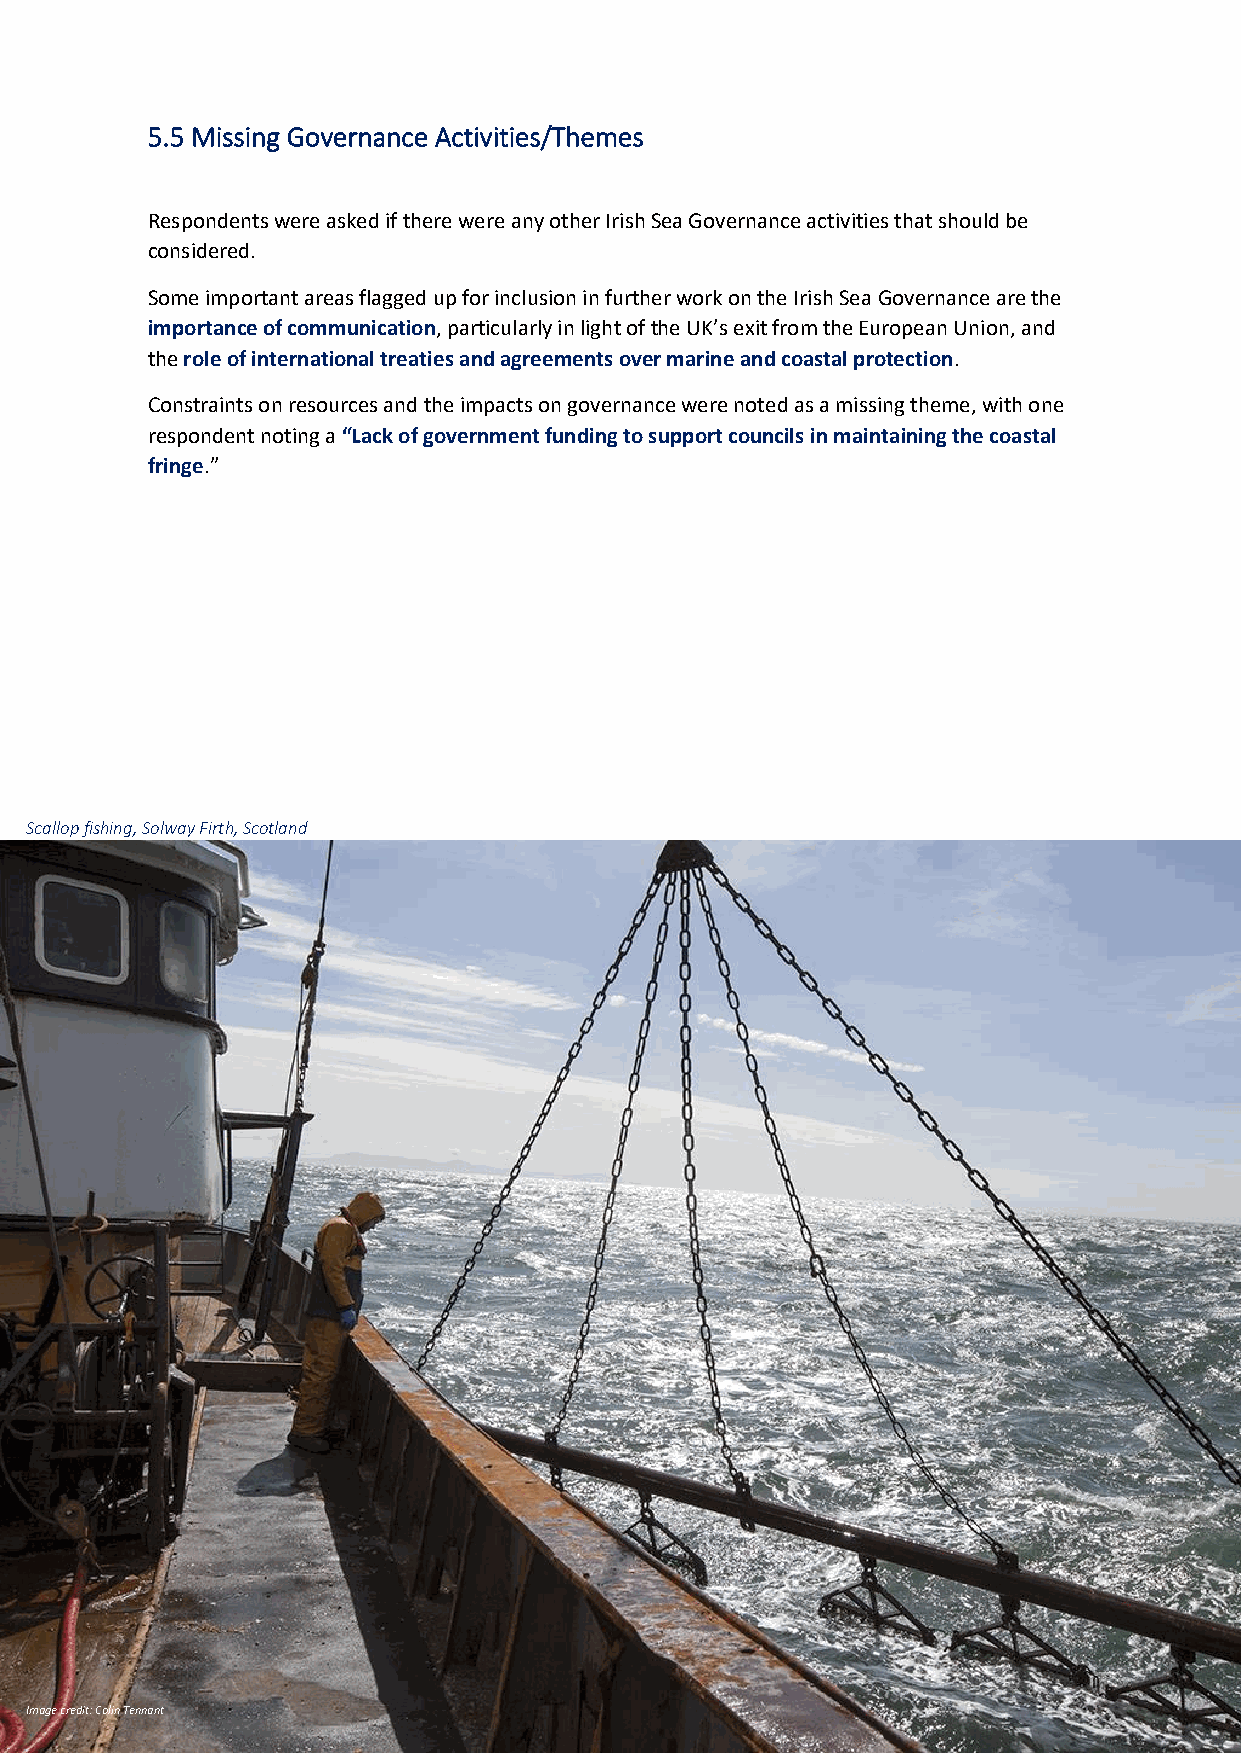
5.5 Missing Governance Activities/Themes
 Respondents were asked if there were any other Irish Sea Governance activities that should be
 considered.
 Some important areas flagged up for inclusion in further work on the Irish Sea Governance are the
 importance of communication, particularly in light of the UK’s exit from the European Union, and
 the role of international treaties and agreements over marine and coastal protection.
 Constraints on resources and the impacts on governance were noted as a missing theme, with one
 respondent noting a “Lack of government funding to support councils in maintaining the coastal
 fringe.”
 Scallop fishing, Solway Firth, Scotland
 Image credit: Colin Tennant